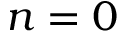
n = 0